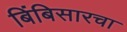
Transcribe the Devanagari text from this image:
बिंबिसारचा